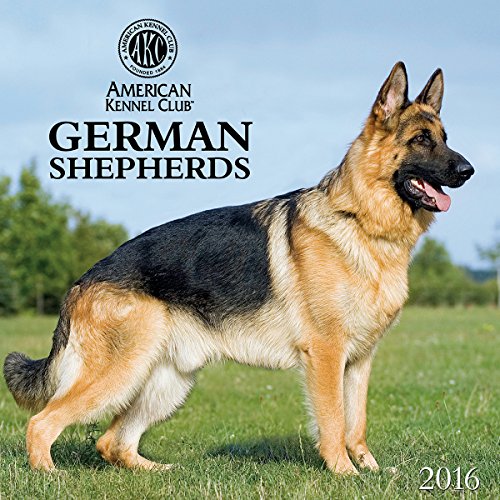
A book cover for German Shepherds American Kennel Club 2016 Wall Calendar; Zebra Publishing; Calendars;